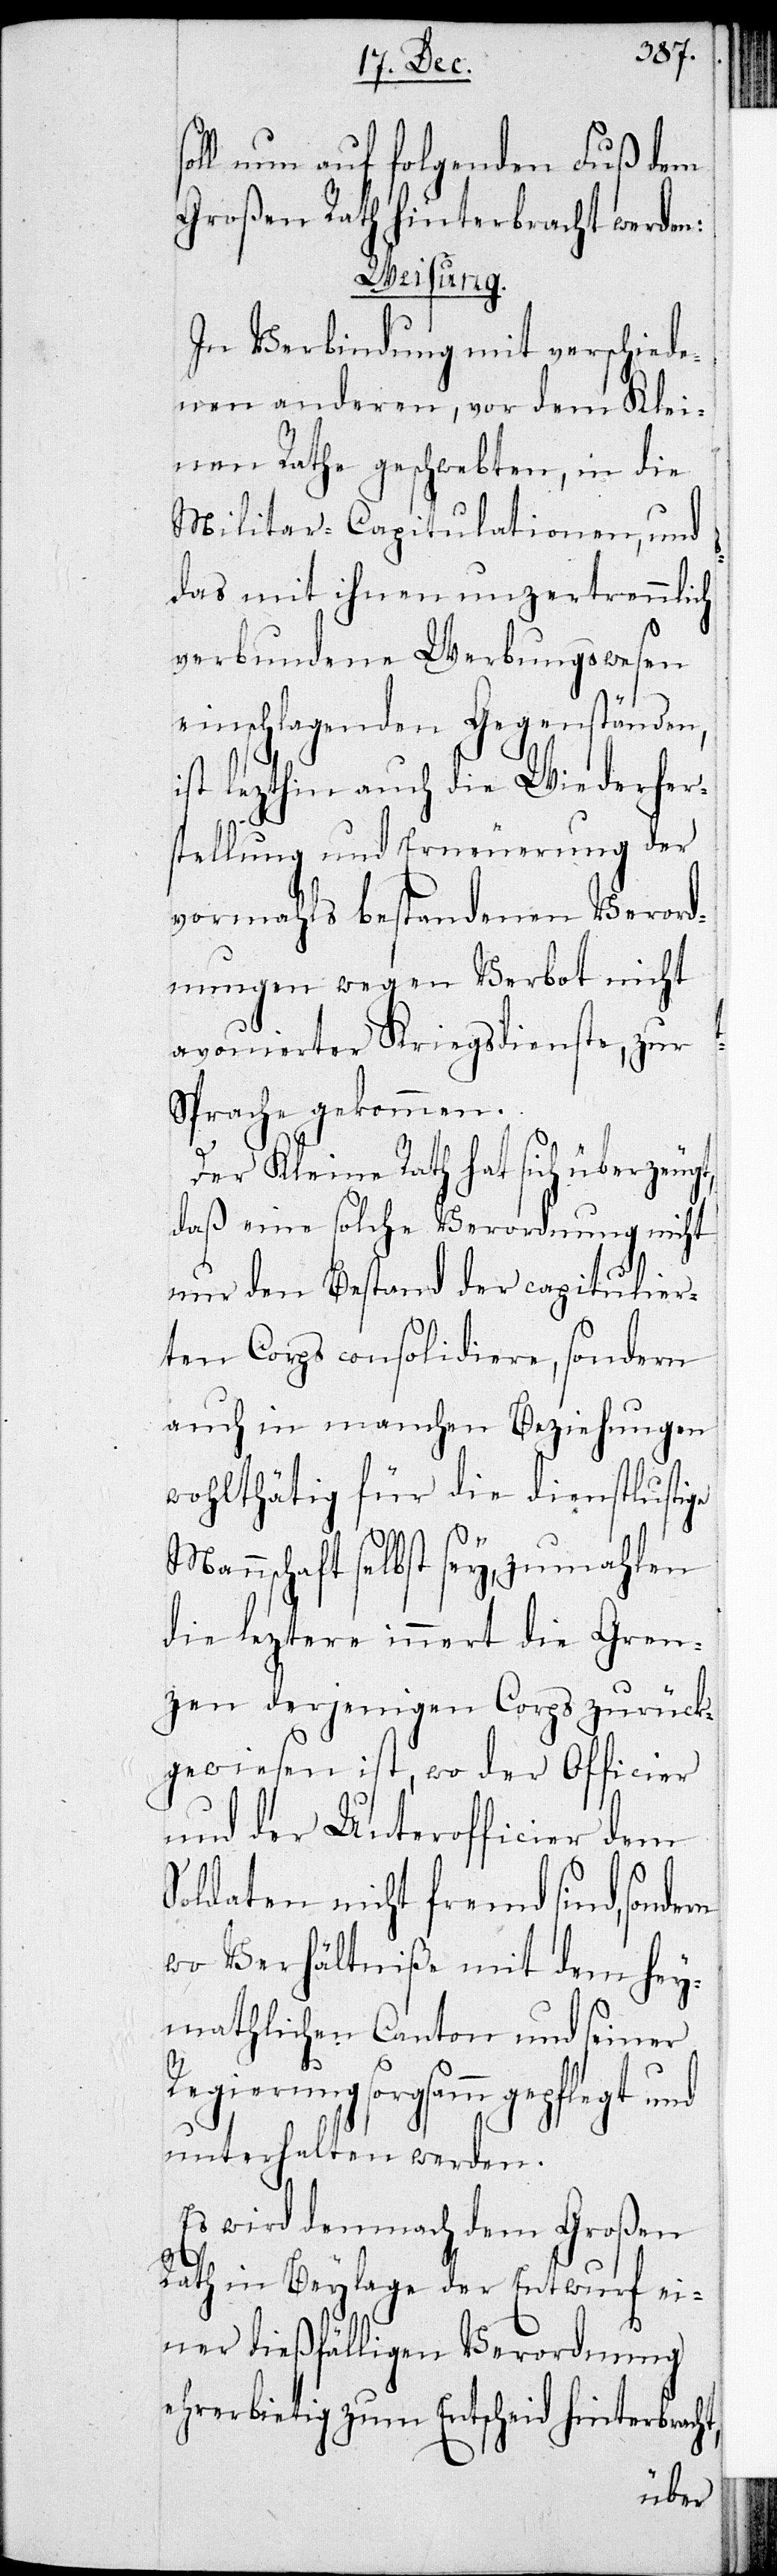
soll nun auf folgenden Fuß dem
Großen Rath hinterbracht werden:
Weisung.
In Verbindung mit verschiede¬
nen anderen, vor dem Klei¬
nen Rathe geschwebten, in die
Militar-Capitulationen, und
das mit ihnen unzertrennlich
verbundene Werbungswesen
einschlagenden Gegenständen,
ist lezthin auch die Wiederher¬
stellung und Erneuerung der
vormahls bestandenen Verord¬
nungen wegen Verbot nicht
avouierten Kriegsdienste, zur
Sprache gekommen.
Der Kleine Rath hat sich überzeugt,
daß eine solche Verordnung nicht
nur den Bestand der capitulier¬
ten Corps consolidiere, sondern
auch in manchen Beziehungen
wohlthätig für die dienstlustige
Mannschaft selbst sey, zumahlen
die leztere innert die Gren¬
zen derjenigen Korps zurück¬
gewiesen ist, wo der Officier
und der Unterofficier dem
Soldaten nicht fremd sind,
wo Verhältniße mit dem hey¬
mathlichen Canton und seiner
Regierung sorgsam gepflegt und
unterhalten werden.
Es wird demnach dem Großen
Rath in Beylage der Entwurf ei¬
ner dießfälligen Verordnung
ehrerbietig zum Entscheid hinterbracht,